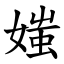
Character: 媸